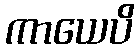
ကာယေပိ